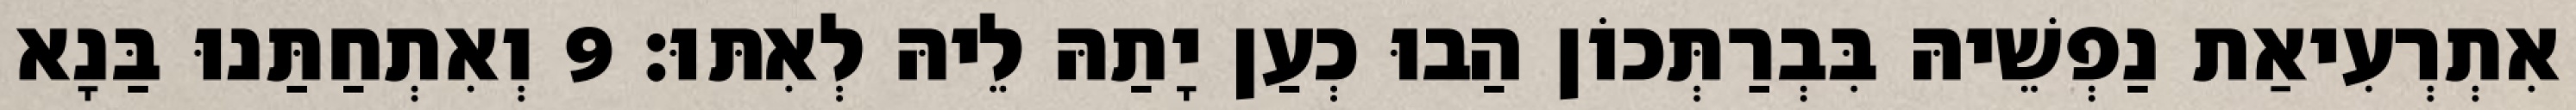
אִתְרְעִיאַת נַפְשֵׁיהּ בִּבְרַתְּכוֹן הַבוּ כְעַן יָתַהּ לֵיהּ לְאִתּוּ׃ 9 וְאִתְחַתַּנוּ בַּנָא